Rae_vallavalitsus, lk 11
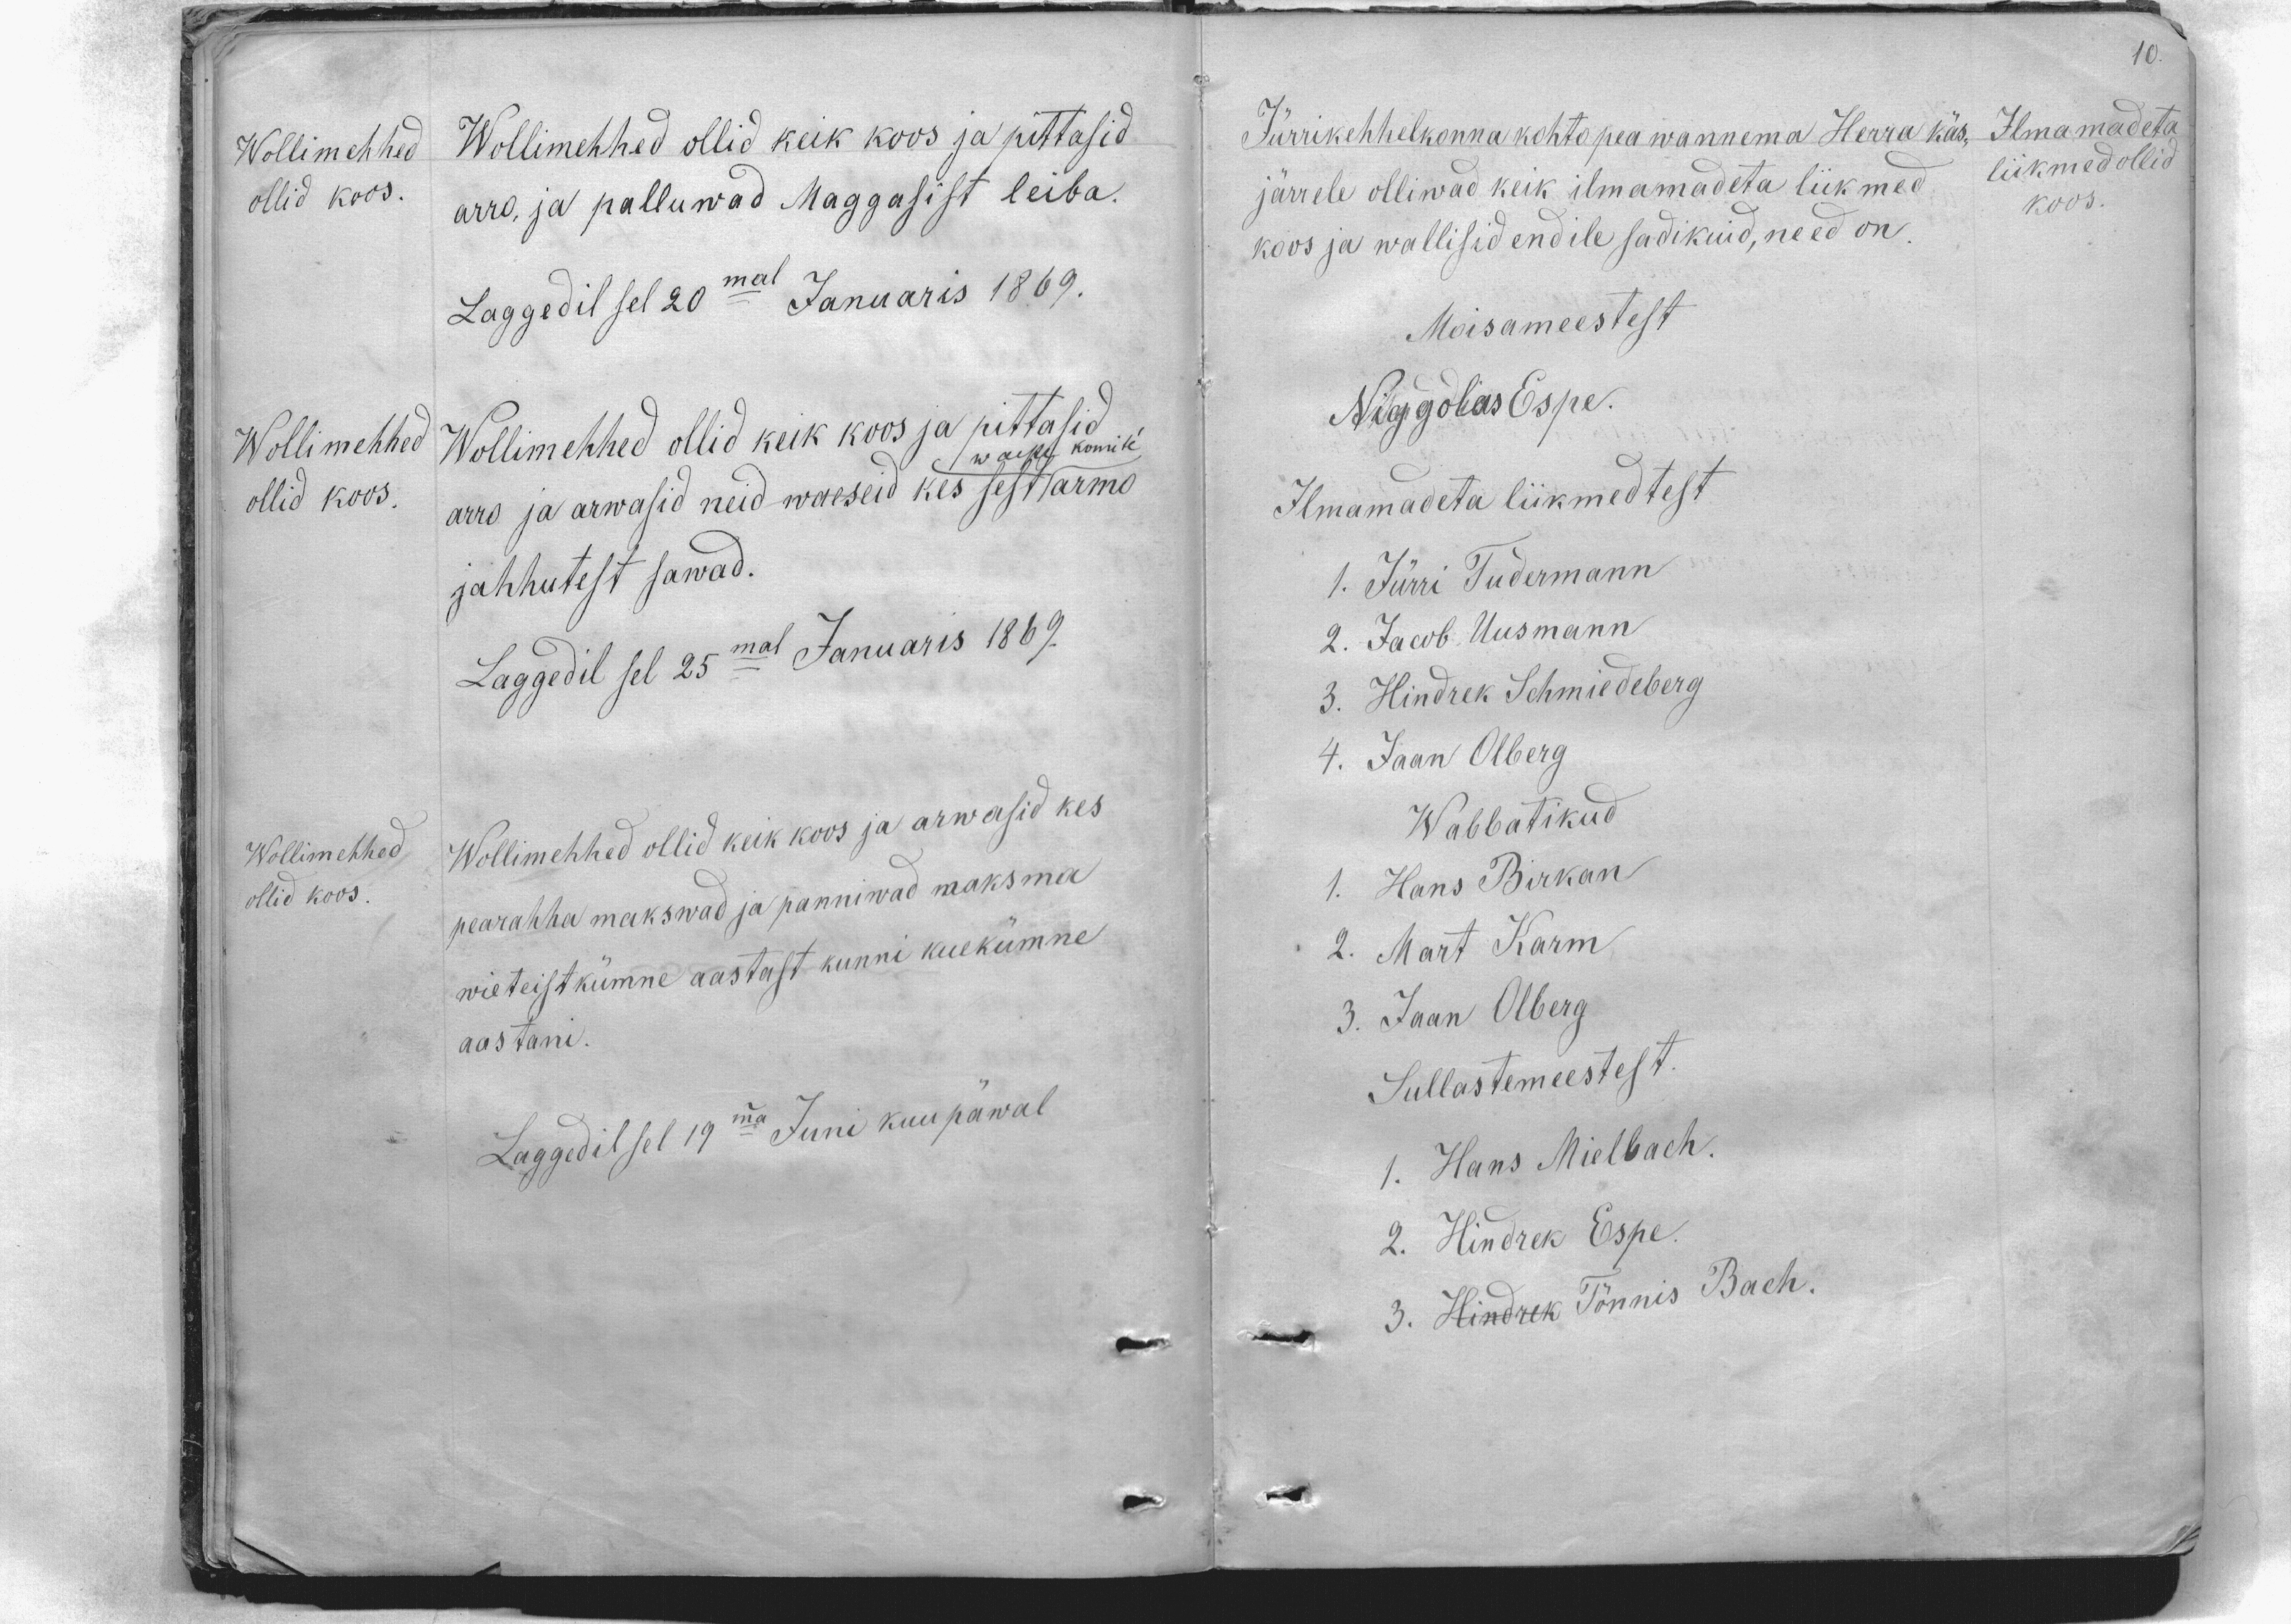
Wollimehhed
ollid koos.
Wollimehhed ollid keik koos ja pittasid
arro, ja palluwad Maggasist leiba.
Laggedil sel 20mal Januaris 1869.
Wollimehhed
waeste komité
ollid koos.
Wollimehhed ollid keik koos ja pittasid
arro ja arwasid neid waeseid kes sest armo
jahhutest sawad.
Laggedil sel 25mal Januaris 1869.
Wollimehhed
ollid koos.
Wollimehhed ollid keik koos ja arwasid kes
pearahha makswad ja panniwad maksma
wieteistkümne aastast kunni kuekümne
aastani.
Laggedil sel 19ma Juni kuu päwal

10.
Ilma madeta
liikmed ollid
koos.
Jürrikehhelkonna kohto pea wannema Herra käs-
järrele olliwad keik ilmamadeta liikmed
koos ja wallisid endile sadikuid, need on.
Moisameestest
Niggolas Espe.
Ilmamadeta liikmedtest
1. Jürri Tudermann
2. Jakob Uusmann
3. Hindrek Schmiedeberg
4. Jaan Olberg
Wabbatikud
1. Hans Birkan
2. Mart Karm
3. Jaan Olberg
Sullastemeestest.
1. Hans Mielbach.
2. Hindrek Espe.
3. Hindrek Tönnis Bach.